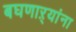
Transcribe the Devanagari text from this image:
बघणाऱ्यांना